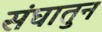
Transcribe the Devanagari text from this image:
संघातुन